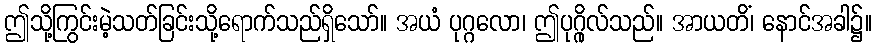
ဤသို့ကြွင်းမဲ့သတ်ခြင်းသို့ရောက်သည်ရှိသော်။ အယံ ပုဂ္ဂလော၊ ဤပုဂ္ဂိုလ်သည်။ အာယတိံ၊ နောင်အခါ၌။